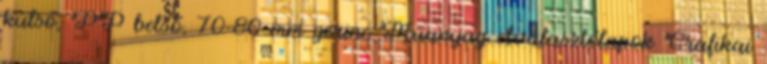
külső, PP belső, 70-80 mm gerinc Műanyag elválasztólapok Grafikai